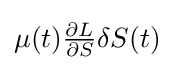
{\textstyle \mu (t){\frac {\partial L}{\partial S}}\delta S(t)}